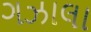
ગઝાલા